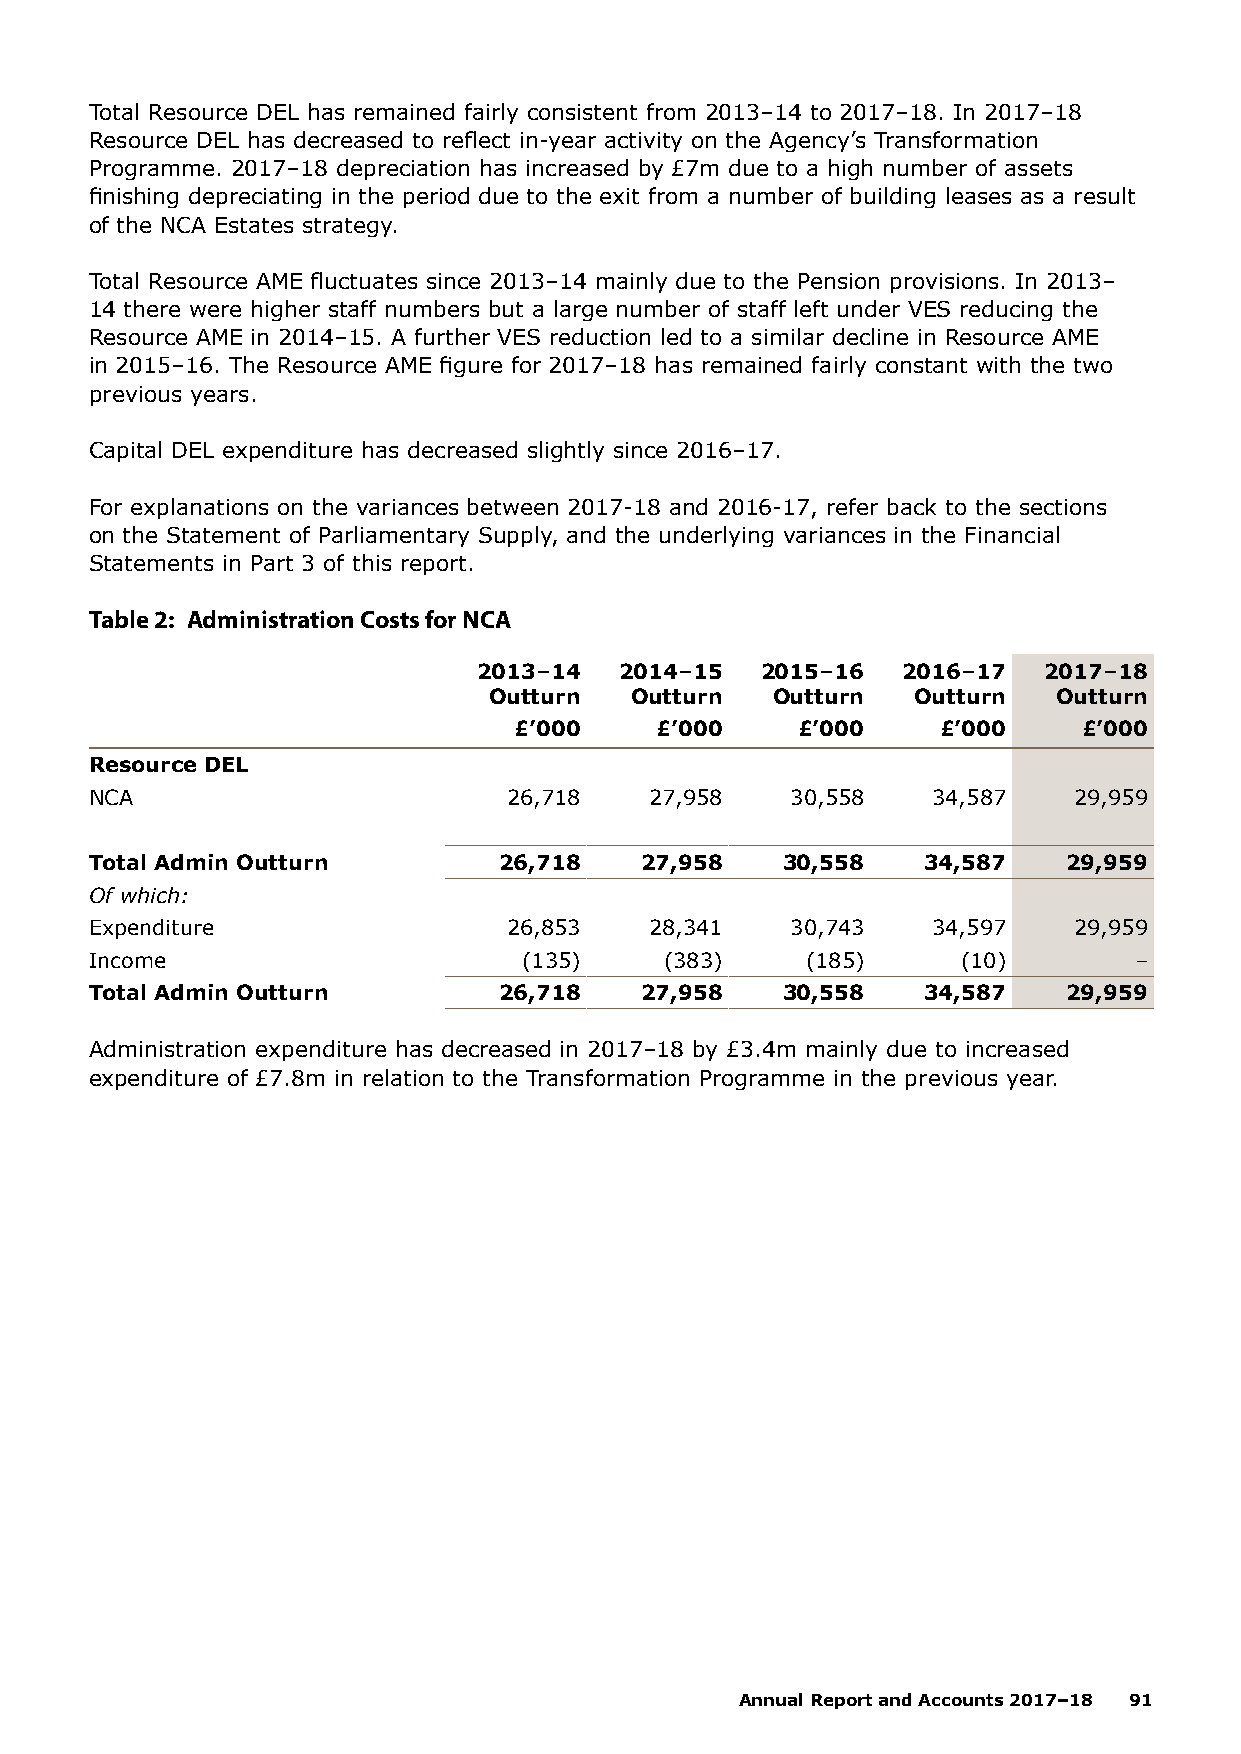
Total Resource DEL has remained fairly consistent from 2013–14 to 2017–18. In 2017–18
 Resource DEL has decreased to reflect in-year activity on the Agency’s Transformation
 Programme. 2017–18 depreciation has increased by £7m due to a high number of assets
 finishing depreciating in the period due to the exit from a number of building leases as a result
 of the NCA Estates strategy.
 Total Resource AME fluctuates since 2013–14 mainly due to the Pension provisions. In 2013–
 14 there were higher staff numbers but a large number of staff left under VES reducing the
 Resource AME in 2014–15. A further VES reduction led to a similar decline in Resource AME
 in 2015–16. The Resource AME figure for 2017–18 has remained fairly constant with the two
 previous years.
 Capital DEL expenditure has decreased slightly since 2016–17.
 For explanations on the variances between 2017-18 and 2016-17, refer back to the sections
 on the Statement of Parliamentary Supply, and the underlying variances in the Financial
 Statements in Part 3 of this report.
 Table 2: Administration Costs for NCA
 2013–14  2014–15  2015–16   2016–17  2017–18
 Outturn   Outturn  Outturn   Outturn  Outturn
 £’000    £’000     £’000    £’000     £’000
 Resource DEL
 NCA                         26,718   27,958   30,558    34,587   29,959
 Total Admin Outturn        26,718   27,958    30,558   34,587    29,959
 Of which:
 Expenditure                 26,853   28,341   30,743    34,597   29,959
 Income                       (135)    (383)    (185)      (10)       –
 Total Admin Outturn        26,718   27,958    30,558   34,587    29,959
 Administration expenditure has decreased in 2017–18 by £3.4m mainly due to increased
 expenditure of £7.8m in relation to the Transformation Programme in the previous year.
 Annual Report and Accounts 2017–18 91